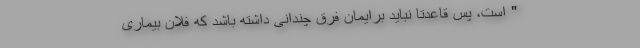
" است، پس قاعدتاً نباید برایمان فرق چندانی داشته باشد که فلان بیماری